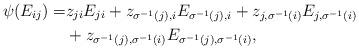
LaTeX: \begin{align*}\psi(E_{ij})=& z_{ji}E_{ji}+z_{\sigma^{-1}(j),i}E_{\sigma^{-1}(j),i}+z_{j,\sigma^{-1}(i)}E_{j,\sigma^{-1}(i)}\\&+z_{\sigma^{-1}(j),\sigma^{-1}(i)}E_{\sigma^{-1}(j),\sigma^{-1}(i)},\end{align*}